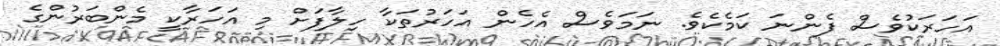
އަހަރަކުވެސް ފެންނަ ކަމެކެވެ. ނަމަވެސް އެހެން އަހަރުތަކާ ހިލާފަށް މި އަހަރާކީ މެންބަރުންގެ